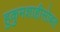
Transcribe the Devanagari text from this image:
हुकुमशाहीसोबत